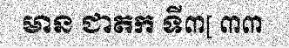
មាន ជាតក ទី៣[ ៣៣